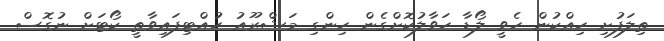
ތިލަފުށި ހިއްކުން ހެވީ ލޯޑާ ހަވާލުކޮށްގެން ހިންގި މަޝްރޫއު ހުއްޓިފައިވާތީ ކޯޓަށް ނުގޮސް